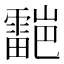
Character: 𮦯